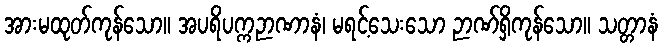
အားမထုတ်ကုန်သော။ အပရိပက္ကဉာဏာနံ၊ မရင့်သေးသော ဉာဏ်ရှိကုန်သော။ သတ္တာနံ